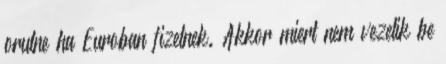
orulne ha Euroban fizetnek. Akkor miert nem vezetik be